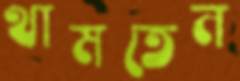
থামতেন